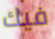
فيك